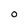
Character: 0